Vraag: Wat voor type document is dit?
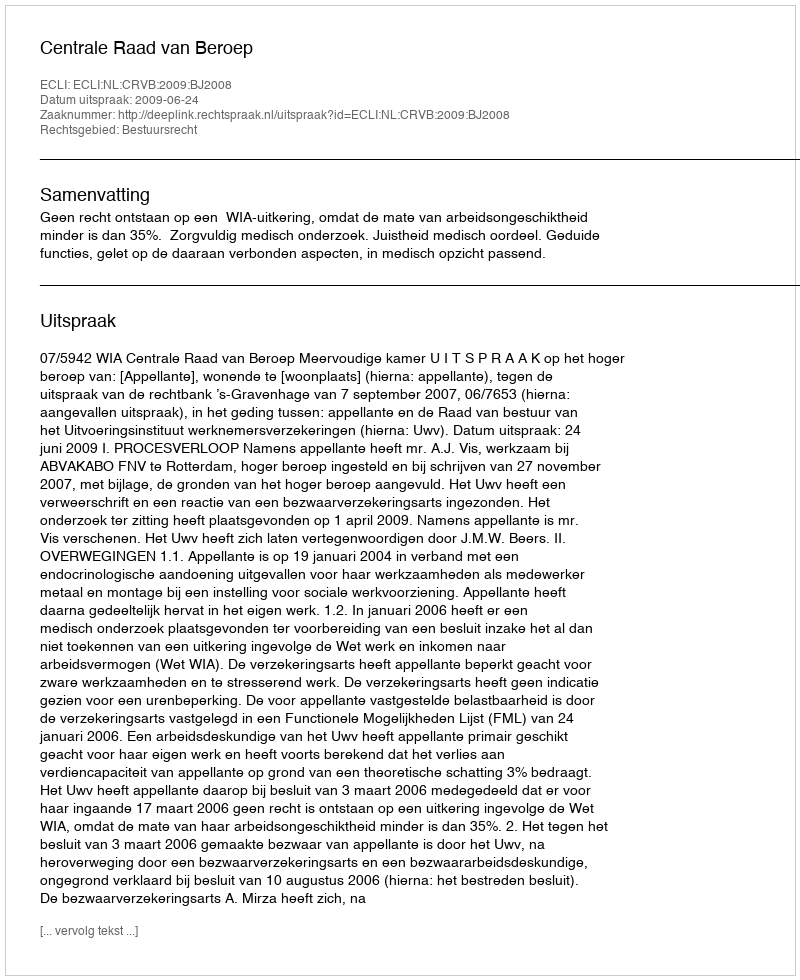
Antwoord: Uitspraak